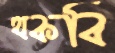
থকবি